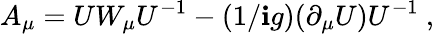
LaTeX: A_{\mu}=UW_{\mu}U^{-1}-(1/\mathbf{i}g)(\partial_{\mu}U)U^{-1}~,